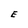
Character: E